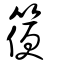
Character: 箯